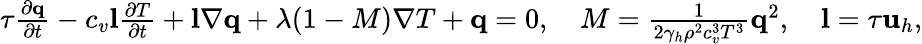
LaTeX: \begin{array}{r}{\tau\frac{\partial\mathbf q}{\partial t}-c_{v}\mathbf l\frac{\partial T}{\partial t}+\mathbf l\nabla\mathbf q+\lambda(1-M)\nabla T+\mathbf q=0,\quad M=\frac{1}{2\gamma_{h}\rho^{2}c_{v}^{3}T^{3}}\mathbf q^{2},\quad\mathbf l=\tau\mathbf u_{h},}\end{array}